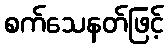
စက်သေနတ်ဖြင့်